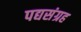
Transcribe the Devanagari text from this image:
पद्यसंग्रह